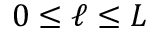
0 \le \ell \le L